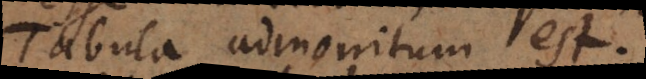
Tabula admonitum est.